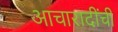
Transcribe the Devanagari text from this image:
आचारादींची